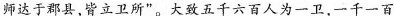
师达于郡县，皆立卫所”。大致五千六百人为一卫，一千一百